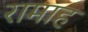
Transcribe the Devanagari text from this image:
रामाह